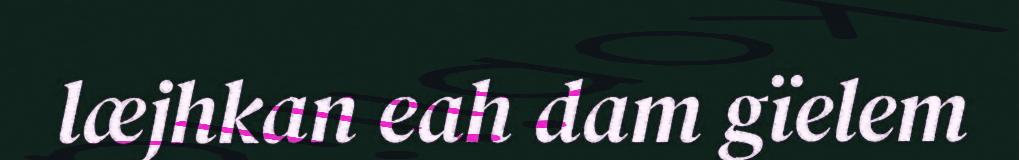
læjhkan eah dam gïelem